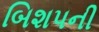
બિશપની